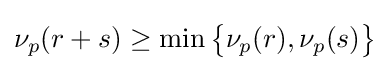
\nu _{p}(r+s)\geq \min {\bigl \{}\nu _{p}(r),\nu _{p}(s){\bigr \}}